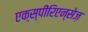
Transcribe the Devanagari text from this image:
एक्स्पीरिएन्सेज़